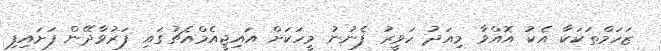
ޒަހަމްތަކަކާ އެކު އޮއްވާ މިއަދު ހަވީރު ފެނުނު މީހަކަށް އައިޖީއެމްއެޗުގައި ފަރުވާދޭން ފަށައިފި